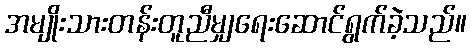
အမျိုးသားတန်းတူညီမျှရေးဆောင်ရွက်ခဲ့သည်။